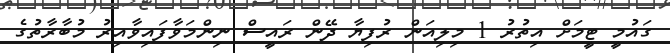
ގައުމީ ޓީމަށް އިތުރު 1 މިލިއަން ރުފިޔާ ދޭން ރައީސް ނިންމަވާފައިވާއިރު މުބާރާތުގެ